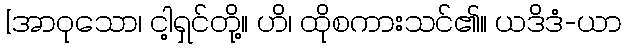
[အာဝုသော၊ ငါ့ရှင်တို့။ ဟိ၊ ထိုစကားသင်၏။ ယဒိဒံ-ယာ